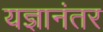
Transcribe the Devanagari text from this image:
यज्ञानंतर